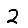
Digit: 2